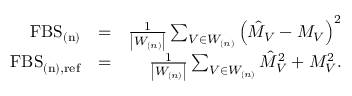
\begin{array} { r l r } { \mathrm { F B S } _ { \mathrm { ( n ) } } } & { = } & { \frac { 1 } { \left| W _ { ( n ) } \right| } \sum _ { V \in W _ { ( n ) } } \left( \hat { M } _ { V } - M _ { V } \right) ^ { 2 } } \\ { \mathrm { F B S } _ { \mathrm { ( n ) , r e f } } } & { = } & { \frac { 1 } { \left| W _ { ( n ) } \right| } \sum _ { V \in W _ { ( n ) } } \hat { M } _ { V } ^ { 2 } + M _ { V } ^ { 2 } . } \end{array}